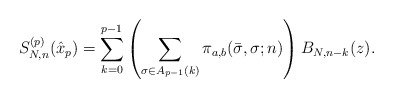
\begin{align*} S_{N,n}^{(p)} (\hat{x}_p)=\sum _{k=0}^{p-1}\left(\sum _{\sigma \in A_{p-1} (k)}\pi_{a,b}(\bar{\sigma },\sigma ;n) \right)B_{N,n-k} ( z) .\end{align*}